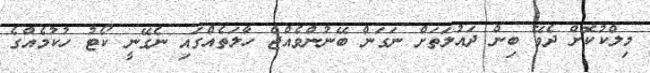
މިލްކުކޮށް ދެވޭ ބިން ދައުލަތަށް ނަގަން ބޭނުންވެއްޖެ ހާލަތެއްގައި ނެގޭނީ ކޯޓު ހުކުމެއްގެ